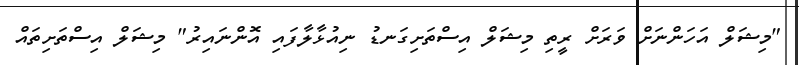
"މިޝަލް އަހަންނަށް ވަރަށް ރީތި މިޝަލް އިސްތަށިގަނޑު ނިއުޅާލާފައި އޮންނައިރު" މިޝަލް އިސްތަށިތައް